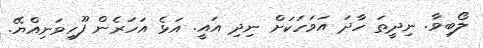
ލޯބިވާ. ނިދީތަ ހާދަ އަވަހަކަށް ނިދި އައީ. އަޅެ އަހަރެން ފޫހިވަނިއްޔޭ.